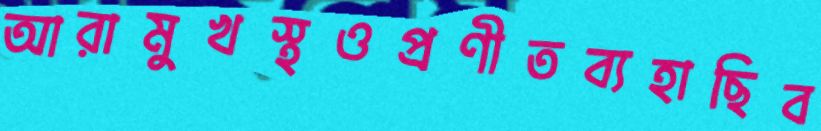
আরামুখস্থওপ্রণীতব্যহাছিব